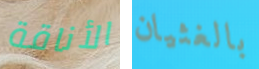
الأناقة بالغثيان